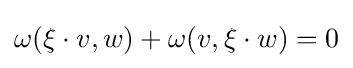
\omega (\xi \cdot v,w)+\omega (v,\xi \cdot w)=0